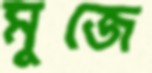
মুজে